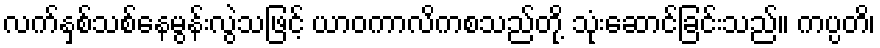
လက်နှစ်သစ်နေမွန်းလွဲသဖြင့် ယာဝကာလိကစသည်တို့ သုံးဆောင်ခြင်းသည်။ ကပ္ပတိ၊